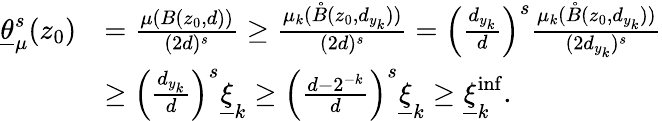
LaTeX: \begin{array}{rl}{\underline{{\theta}}_{\mu}^{s}(z_{0})}&{=\frac{\mu(B(z_{0},d))}{(2d)^{s}}\geq\frac{\mu_{k}(\mathring{B}(z_{0},d_{y_{k}}))}{(2d)^{s}}=\left(\frac{d_{y_{k}}}{d}\right)^{s}\frac{\mu_{k}(\mathring{B}(z_{0},d_{y_{k}}))}{(2d_{y_{k}})^{s}}}\\ &{\geq\left(\frac{d_{y_{k}}}{d}\right)^{s}\underline{{\xi}}_{k}\geq\left(\frac{d-2^{-k}}{d}\right)^{s}\underline{{\xi}}_{k}\geq\underline{{\xi}}_{k}^{\operatorname*{inf}}.}\end{array}